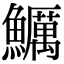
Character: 鱱